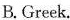
B. Greek.